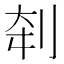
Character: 𰄨